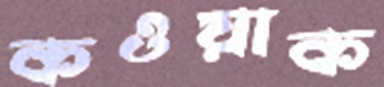
কওয়াক